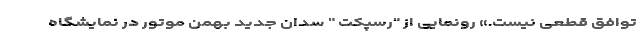
توافق قطعی نیست.» رونمایی از "رسپکت " سدان جدید بهمن موتور در نمایشگاه